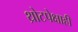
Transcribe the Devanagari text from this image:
थ्रोटपेक्षाही